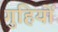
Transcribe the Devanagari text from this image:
गुहियों